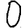
Digit: 0